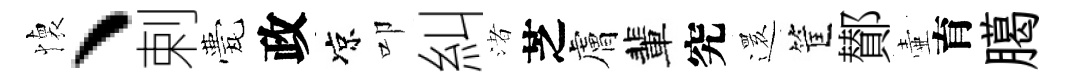
懐、剌甍政凉叩糾渚芝膚輩究𮟃筐鄼壷育臈